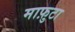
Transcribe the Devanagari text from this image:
माफ़ुटा